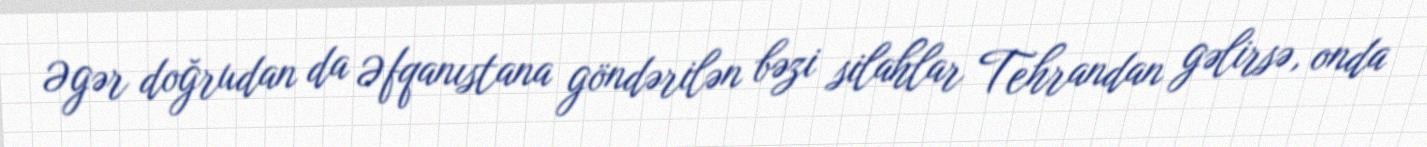
Əgər doğrudan da Əfqanıstana göndərilən bəzi silahlar Tehrandan gəlirsə, onda